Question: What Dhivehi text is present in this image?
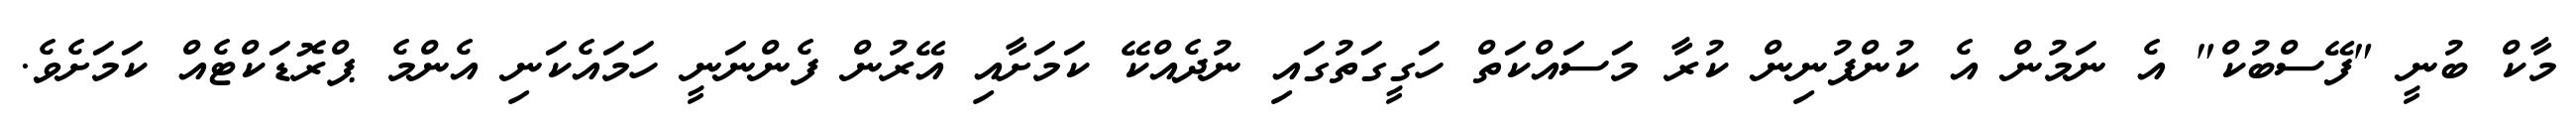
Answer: މާކް ބުނީ "ފޭސްބުކް" އެ ނަމުން އެ ކުންފުނިން ކުރާ މަސައްކަތް ހަގީގަތުގައި ނުދެއްކޭ ކަމަށާއި އޭރުން ފެންނަނީ ހަމައެކަނި އެންމެ ޕްރޮޑަކްޓެއް ކަމަށެވެ.